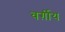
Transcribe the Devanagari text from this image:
वर्ग़ीय